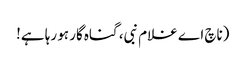
(ناچ اے غلام نبی، گناہ گار ہو رہا ہے!